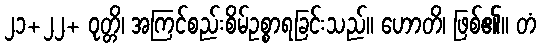
၂၁+၂၂+ ဝုတ္တိ၊ အကြင်စည်းစိမ်ဥစ္စာရခြင်းသည်။ ဟောတိ၊ ဖြစ်၏။ တံ